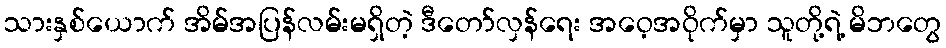
သားနှစ်ယောက် အိမ်အပြန်လမ်းမရှိတဲ့ ဒီတော်လှန်ရေး အဝေ့အဝိုက်မှာ သူတို့ရဲ့ မိဘတွေ